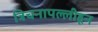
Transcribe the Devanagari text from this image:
त्रिचनापल्लीहून